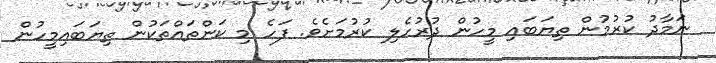
ނަމާދު ކުރުމުން ތިޔަބައި މީހުން ދުރުހެލި ކުރުމަށެވެ. ފަހެ މި ކަންތައްތަކުން ތިޔަބައިމީހުން